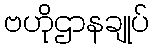
ဗဟိုဌာနချုပ်